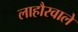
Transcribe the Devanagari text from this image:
लाहौरवाले